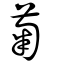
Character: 菊